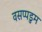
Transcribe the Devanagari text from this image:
वसप्पडुम